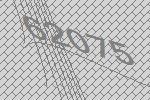
62075